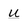
Character: U